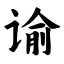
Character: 谕